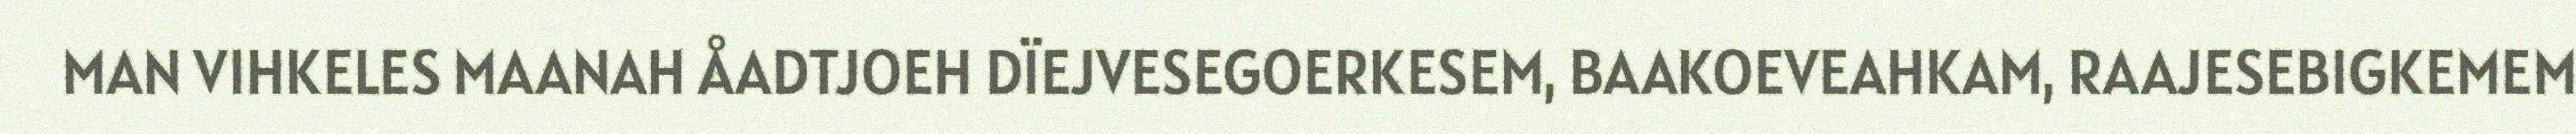
MAN VIHKELES MAANAH ÅADTJOEH DÏEJVESEGOERKESEM, BAAKOEVEAHKAM, RAAJESEBIGKEMEM